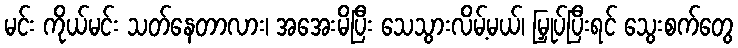
မင်း ကိုယ်မင်း သတ်နေတာလား၊ အအေးမိပြီး သေသွားလိမ့်မယ်၊ မြှုပ်ပြီးရင် သွေးစက်တွေ